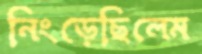
নিংড়েছিলেম